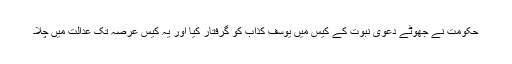
حکومت نے جھوٹے دعوی نبوت کے کیس میں یوسف کذاب کو گرفتار کیا اور یہ کیس عرصہ تک عدالت میں چلا۔